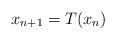
LaTeX: \begin{align*}x_{n+1}=T(x_{n})\end{align*}